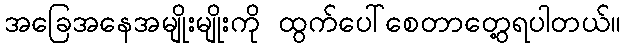
အခြေအနေအမျိုးမျိုးကို ထွက်ပေါ်စေတာတွေ့ရပါတယ်။